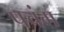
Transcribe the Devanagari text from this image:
पचंम